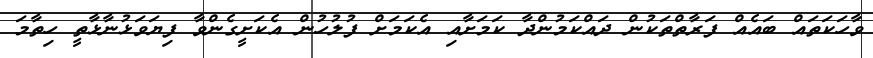
ވާހަކަތައް ބައެއް ފަރާތްތަކުން ދައްކަމުންދާ ކަމަށާއި އެކަމަށް ފުލުހުން އެކަށީގެންވާ ފިޔަވަޅުނާޅާތީ ހިތާމަ